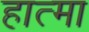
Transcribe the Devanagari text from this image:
हात्मा